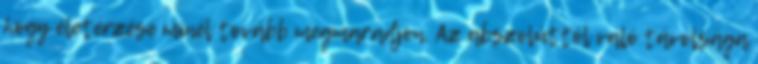
hogy életérzése minél tovább megmaradjon. Az abszolúttól való távolsága